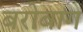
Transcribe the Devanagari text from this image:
बरोबाग